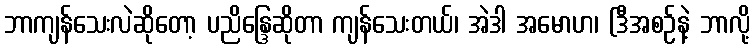
ဘာကျန်သေးလဲဆိုတော့ ပညိန္ဒြေဆိုတာ ကျန်သေးတယ်၊ အဲဒါ အမောဟ၊ (ဒီအစဉ်နဲ့ ဘာလို့